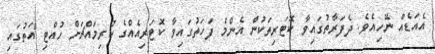
އެއަޑެއް ނޭހިއެވެ. ދެފަރާތުގައިވާ ކޮޓަރިތަކުން އެންމެ ފަހަތުގައިވާ ކޮޓަރިއެއްގެ ކުރިމައްޗަށް ހުއްޓި އަތުގައި